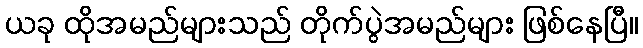
ယခု ထိုအမည်များသည် တိုက်ပွဲအမည်များ ဖြစ်နေပြီ။